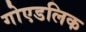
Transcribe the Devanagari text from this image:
गोएडलिक